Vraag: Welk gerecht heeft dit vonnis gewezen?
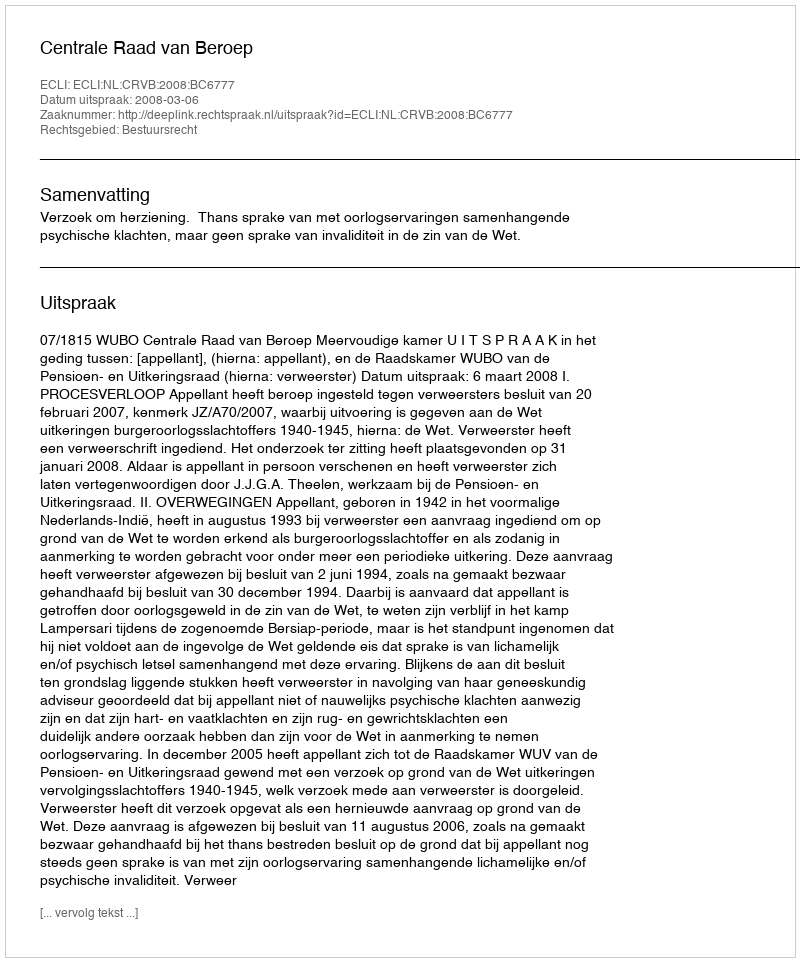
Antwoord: Centrale Raad van Beroep